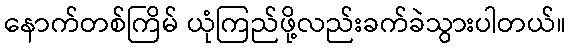
နောက်တစ်ကြိမ် ယုံကြည်ဖို့လည်းခက်ခဲသွားပါတယ်။